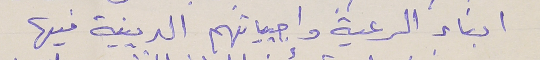
ابناء الرعية واجبياتهم الدينية فيها